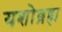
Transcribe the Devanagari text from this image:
यशोब्रह्म